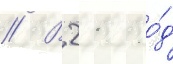
// В 21 го́д